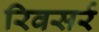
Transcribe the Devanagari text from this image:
रिवसर्र